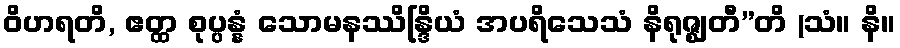
ဝိဟရတိ, ဧတ္ထ စုပ္ပန္နံ သောမနဿိန္ဒြိယံ အပရိသေသံ နိရုဇ္ဈတီ”တိ (သံ။ နိ။